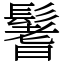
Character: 鬐